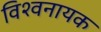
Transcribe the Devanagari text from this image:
विश्वनायक